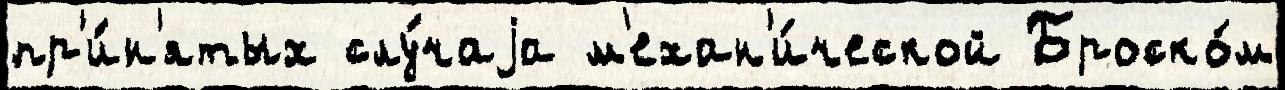
пр'и́н'ятых слу́чаjа м'ехан'и́ческой Броско́м